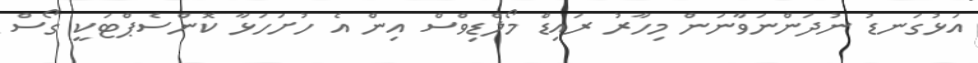
އަޅުގަނޑު ނުދަންނަވާނަން މިހާރު ރައިޑް މޯލްޑިވްސް އިން އެ ހުށަހަޅާ ކޮންސެޕްޓަކީ ގޯސް